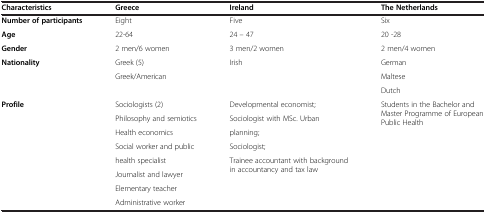
<table><thead><tr><td><b>Characteristics</b></td><td><b>Greece</b></td><td><b>Ireland</b></td><td><b>The Netherlands</b></td></tr></thead><tbody><tr><td><b>Number of participants</b></td><td>Eight</td><td>Five</td><td>Six</td></tr><tr><td><b>Age</b></td><td>22-64</td><td>24 – 47</td><td>20 -28</td></tr><tr><td><b>Gender</b></td><td>2 men/6 women</td><td>3 men/2 women</td><td>2 men/4 women</td></tr><tr><td rowspan="3"><b>Nationality</b></td><td>Greek (5)</td><td rowspan="3">Irish</td><td>German</td></tr><tr><td rowspan="2">Greek/American</td><td>Maltese</td></tr><tr><td>Dutch</td></tr><tr><td rowspan="7"><b>Profile</b></td><td>Sociologists (2)</td><td>Developmental economist;</td><td rowspan="7">Students in the Bachelor and Master Programme of European Public Health</td></tr><tr><td>Philosophy and semiotics</td><td>Sociologist with MSc. Urban</td></tr><tr><td>Health economics</td><td>planning;</td></tr><tr><td>Social worker and public</td><td>Sociologist;</td></tr><tr><td>health specialist</td><td rowspan="3">Trainee accountant with background in accountancy and tax law</td></tr><tr><td>Journalist and lawyer</td></tr><tr><td>Elementary teacher</td></tr><tr><td> </td><td>Administrative worker</td><td> </td><td> </td></tr></tbody></table>